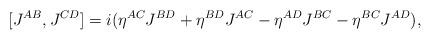
LaTeX: \begin{align*}[J^{AB},J^{CD}]=i(\eta^{AC}J^{BD}+\eta^{BD}J^{AC}-\eta^{AD}J^{BC}-\eta^{BC}J^{AD}),\end{align*}